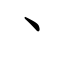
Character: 丶